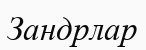
Зандрлар